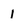
Character: l